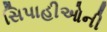
સિપાહીઓની